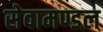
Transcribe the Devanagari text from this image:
सेवामण्डल